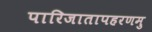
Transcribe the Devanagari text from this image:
पारिजातापहरणमु